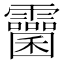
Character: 𩆻